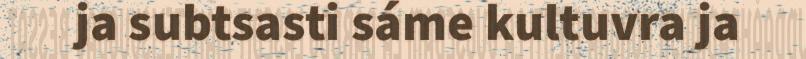
ja subtsasti sáme kultuvra ja